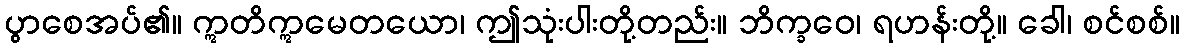
ပွာစေအပ်၏။ ဣတိဣမေတယော၊ ဤသုံးပါးတို့တည်း။ ဘိက္ခဝေ၊ ရဟန်းတို့။ ခေါ၊ စင်စစ်။